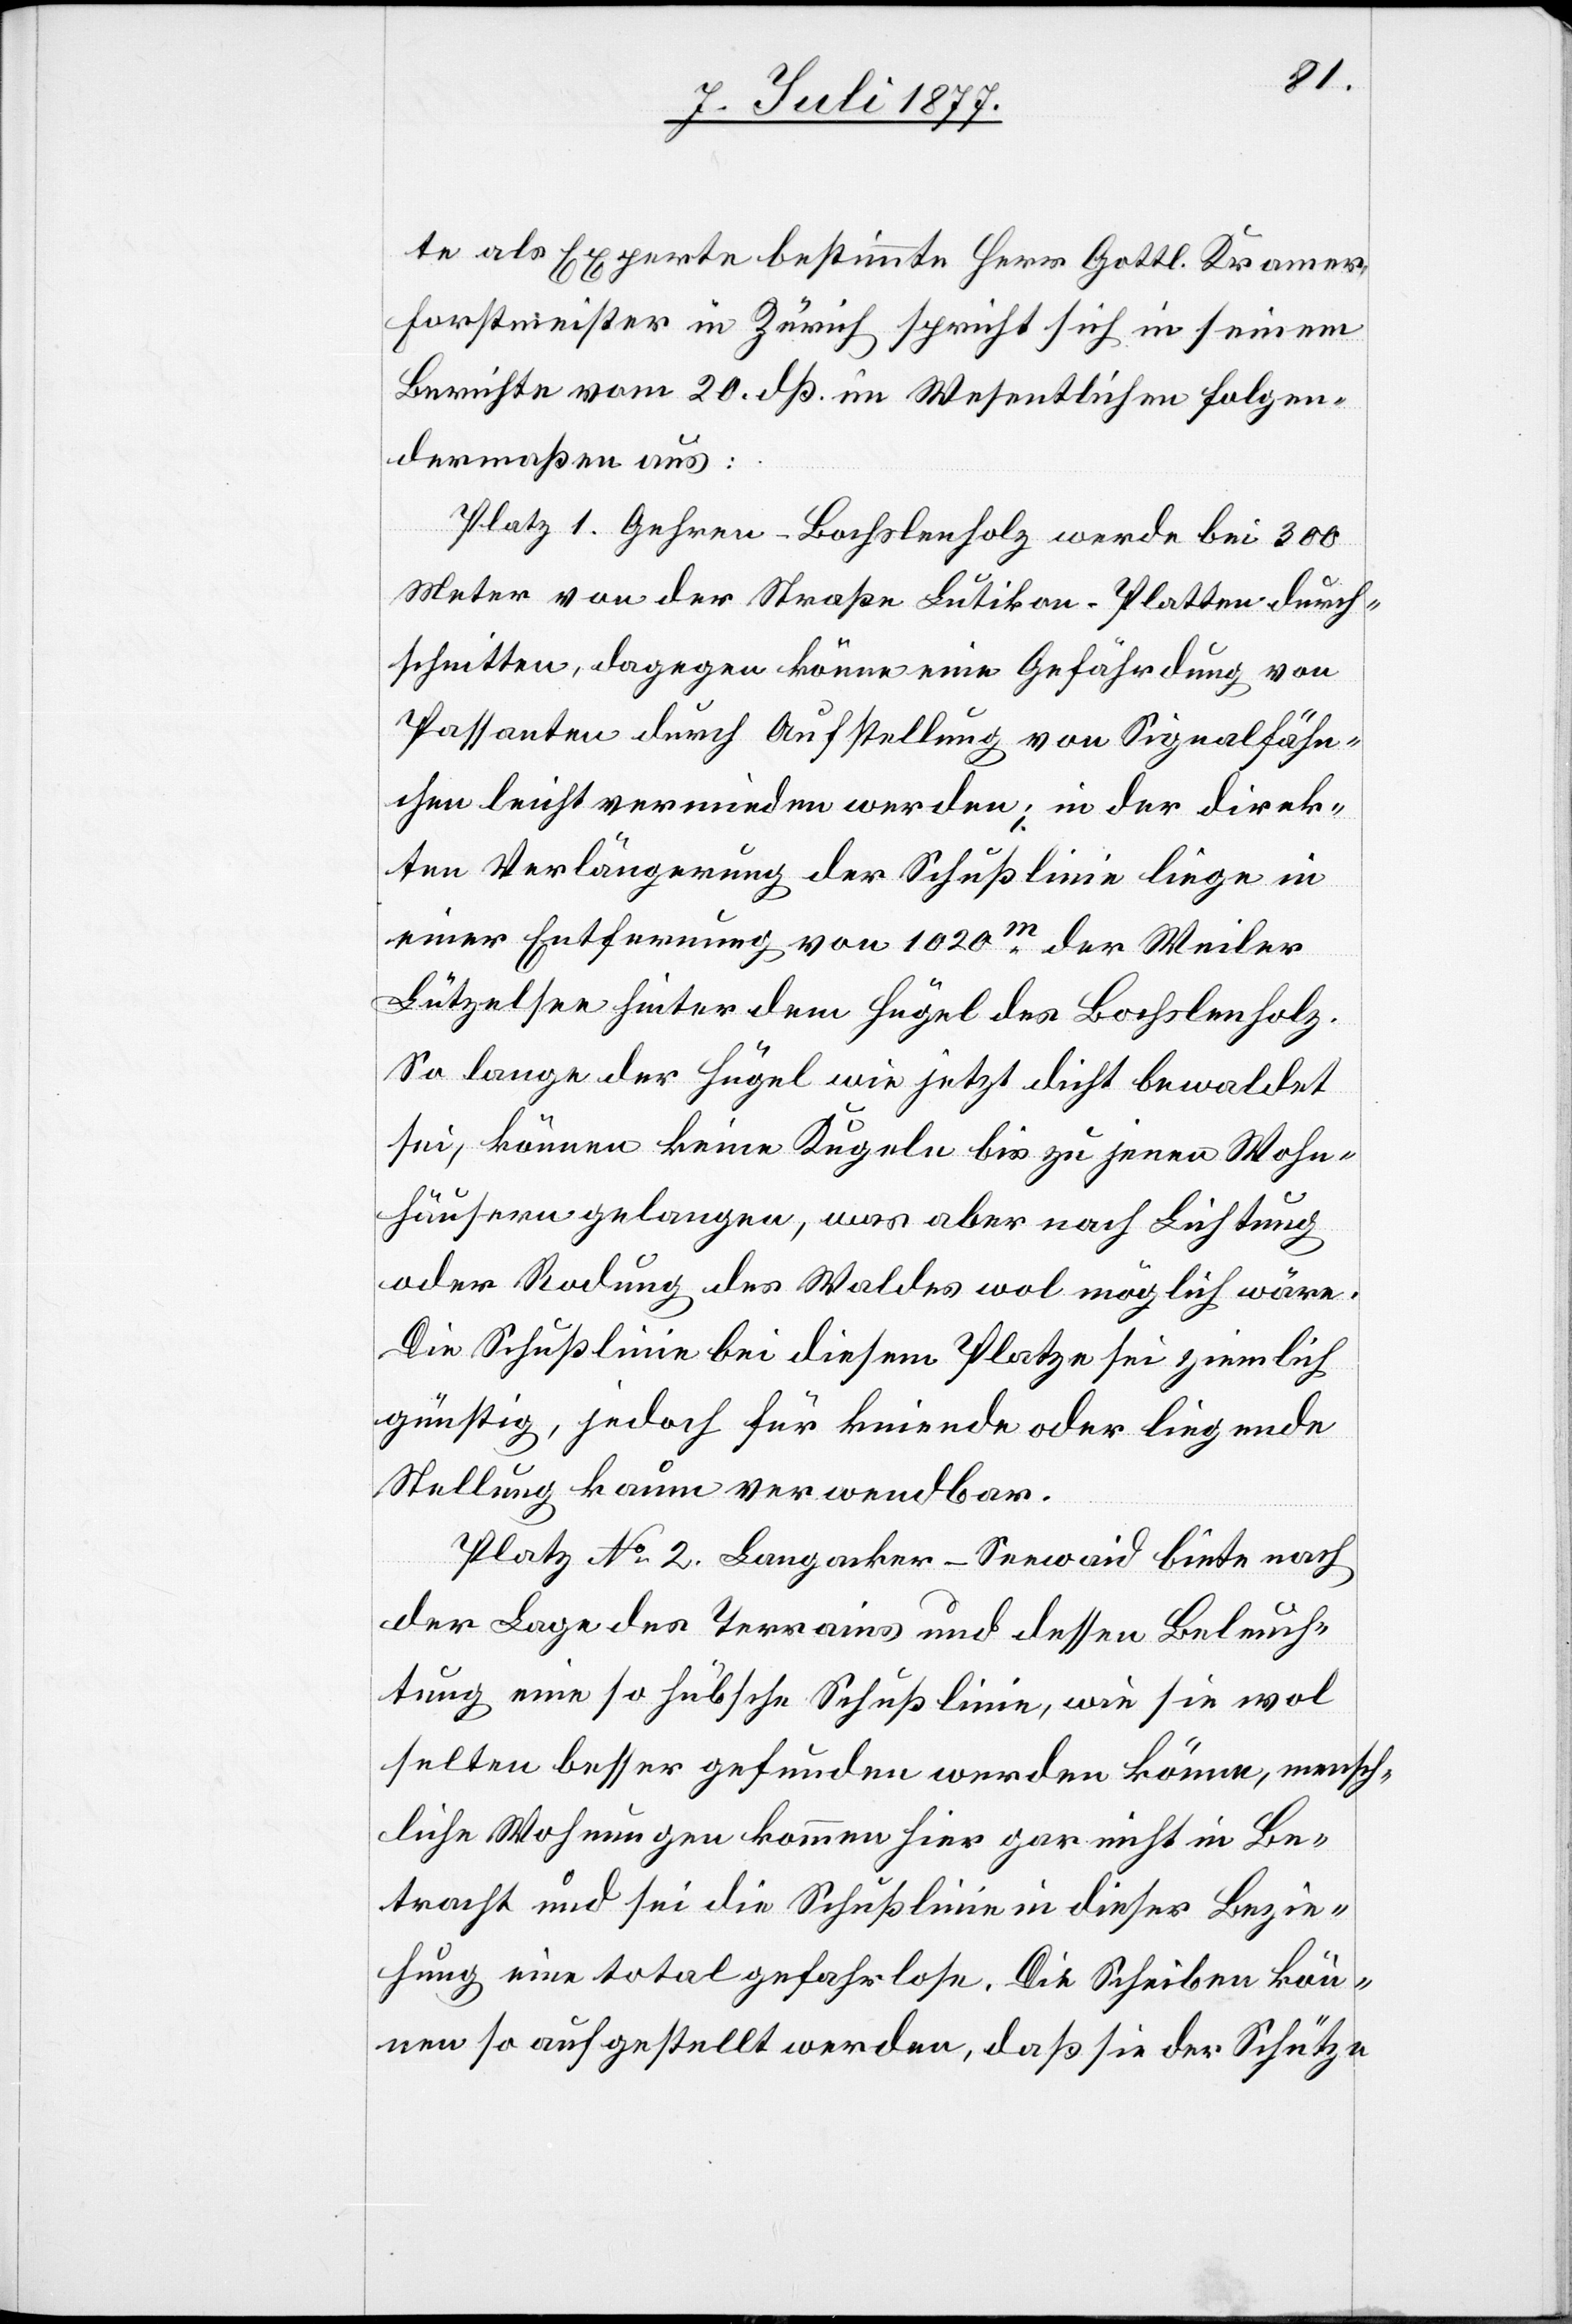
te als Experte bestimmte Herr Gottl. Kramer,
Forstmeister in Zürich spricht sich in seinem
Berichte vom 20. dß. im Wesentlichen folgen¬
dermaßen aus:
Platz 1. Gehren–Bochslenholz werde bei 300
Meter von der Straße Lutikon–Platten durch¬
schnitten, dagegen könne eine Gefährdung von
Passanten durch Aufstellung von Signalfähn¬
chen leicht vermieden werden; in der direk¬
ten Verlängerung der Schußlinie liege in
einer Entfernung von 1020m der Weiler
Lützelsee hinter dem Hügel des Bochslenholz.
So lange der Hügel wie jetzt dicht bewaldet
sei, können keine Kugeln bis zu jenen Wohn¬
häusern gelangen, was aber nach Lichtung
oder Rodung des Waldes wol möglich wäre.
Die Schußlinie bei diesem Platze sei ziemlich
günstig, jedoch für kniende oder liegende
Stellung kaum verwendbar.
Platz No 2. Langacker–Seewaid biete nach
der Lage des Terrains und dessen Beleuch¬
tung eine so hübsche Schußlinie, wie sie wol
selten besser gefunden werden könne, mensch¬
liche Wohnungen kommen hier gar nicht in Be¬
tracht und sei die Schußlinie in dieser Bezie¬
hung eine total gefahrlose. Die Scheiben kön¬
nen so aufgestellt werden, daß sie der Schütze